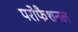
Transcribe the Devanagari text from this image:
परोफैशनल